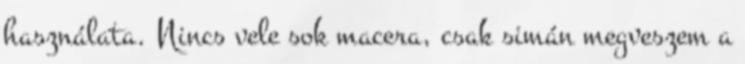
használata. Nincs vele sok macera, csak simán megveszem a